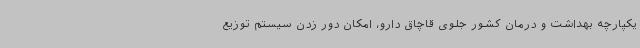
یکپارچه بهداشت و درمان کشور جلوی قاچاق دارو، امکان دور زدن سیستم توزیع